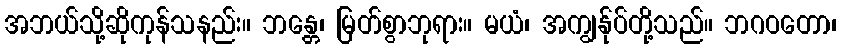
အဘယ်သို့ဆိုကုန်သနည်း။ ဘန္တေ၊ မြတ်စွာဘုရား။ မယံ၊ အကျွန်ုပ်တို့သည်။ ဘဂဝတော၊